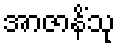
အာဇာနိံသု